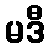
မဒီ